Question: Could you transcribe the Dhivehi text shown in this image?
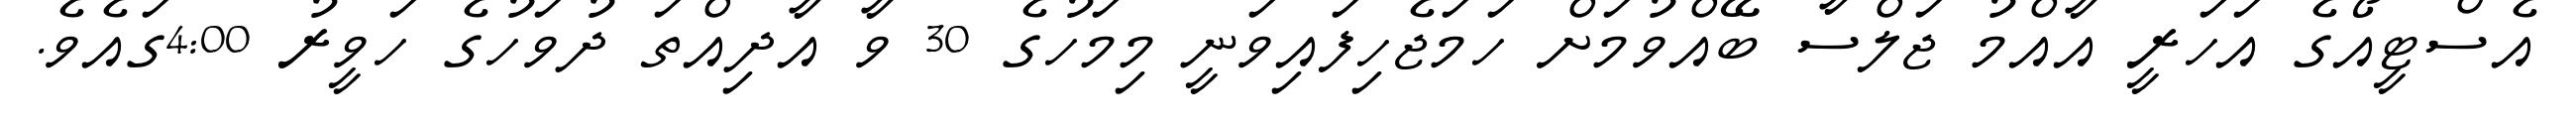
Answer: އެސްޓީއޯގެ އަހަރީ އާއްމު ޖަލްސާ ބޭއްވުމަށް ހަމަޖެހިފައިވަނީ މިމަހުގެ 30 ވާ އާދިއްތަ ދުވަހުގެ ހަވީރު 4:00ގައެވެ.